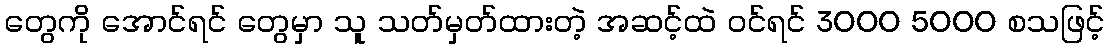
တွေကို အောင်ရင် တွေမှာ သူ သတ်မှတ်ထားတဲ့ အဆင့်ထဲ ဝင်ရင် 3000 5000 စသဖြင့်